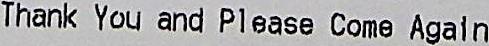
THANK YOU AND PLEASE COME AGAIN